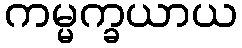
ကမ္မက္ခယာယ